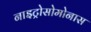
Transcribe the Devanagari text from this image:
नाइट्रोसोमोनास